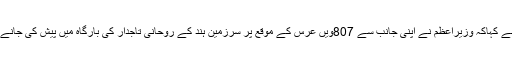
مرکزی وزیر اقلیتی امور مختار عباس نقوی نے کہاکہ وزیراعظم نے اپنی جانب سے 807ویں عرس کے موقع پر سرزمین ہند کے روحانی تاجدار کی بارگاہ میں پیش کی جانے والی چادر اور پیغام اراکین وفد کے سپرد کیا۔